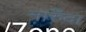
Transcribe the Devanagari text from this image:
नारुँदा